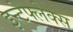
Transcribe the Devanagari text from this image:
इन्टेफ्लेक्स